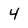
Character: 4